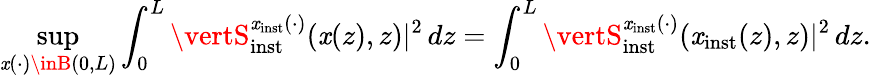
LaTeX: \operatorname*{sup}_{\mathit{x}(\cdot)\inB(0,L)}\int_{0}^{L}\vertS_{\mathrm{{inst}}}^{\mathit{x}_{\mathrm{{inst}}}(\cdot)}(\mathit{x}(z),z)\vert^{2}\, dz=\int_{0}^{L}\vertS_{\mathrm{{inst}}}^{\mathit{x}_{\mathrm{{inst}}}(\cdot)}(\mathit{x}_{\mathrm{{inst}}}(z),z)\vert^{2}\, dz.